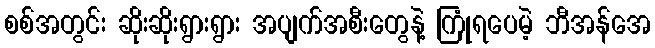
စစ်အတွင်း ဆိုးဆိုးရွားရွား အပျက်အစီးတွေနဲ့ ကြုံရပေမဲ့ ဘီအန်အေ